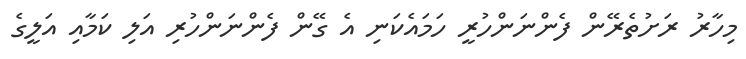
މިހާރު ރަށުތެރޭން ފެންނަންހުރީ ހަމައެކަނި އެ ގޭން ފެންނަންހުރި އަލި ކަމާއި އަލީގެ